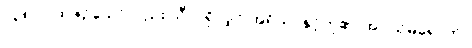
၁၃၈။ ပုထုဇဉ်သော်လည်း သီလရှိလျှင် အရိယာနှင့်တူ၏၊ အပယ်မရောက်။